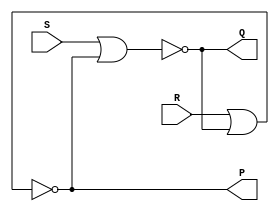
`timescale 1ns / 1ps

module SR_LATCH(output Q,P,input S,R);		//Declaring SR LATCH Module where Q,P as OUTPUT and S,R as INPUT.

wire nor1,nor2;		//Declaring wires nand1 and nand2.

assign nor1 = Q;		//Connecting output port Q with wire nor1. 
assign nor2 = P;		//Connecting output port P with wire nor2.


nor F1(Q,S,nor2);		//Using inbuilt 'nor' gate.

nor F2(P,R,nor1);		//Using inbuilt 'nor' gate.

endmodule